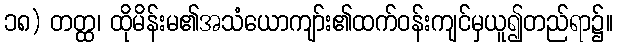
၁၈) တတ္ထ၊ ထိုမိန်းမ၏အသံယောကျာ်း၏ထက်ဝန်းကျင်မှယူ၍တည်ရာ၌။